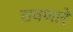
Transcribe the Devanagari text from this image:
रावणारे